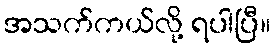
အသက်ကယ်လို့ ရပါပြီ။